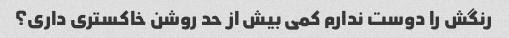
رنگش را دوست ندارم کمی بیش از حد روشن خاکستری داری؟